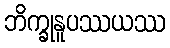
ဘိက္ခုနူပဿယဿ